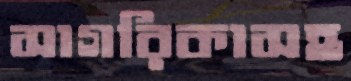
সাগরিকাসহ